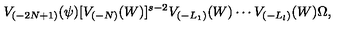
V _ { ( - 2 N + 1 ) } ( \psi ) [ V _ { ( - N ) } ( W ) ] ^ { s - 2 } V _ { ( - L _ { 1 } ) } ( W ) \cdots V _ { ( - L _ { l } ) } ( W ) \Omega ,